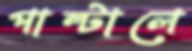
পাল্টালে